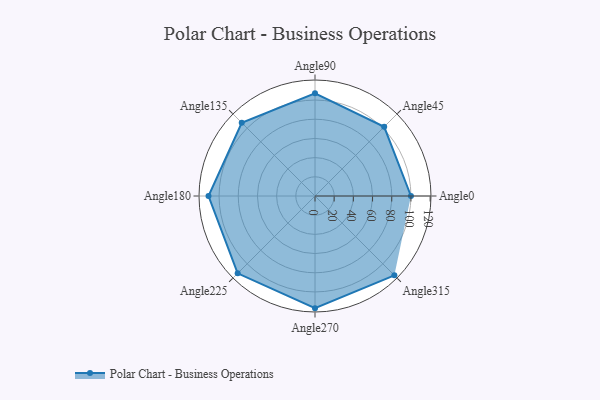
{"axis": {"x": "Angle", "y": "Radius"}, "legend": [""], "data": [{"x": "Angle0", "y": 100.0, "type": ""}, {"x": "Angle45", "y": 102.0, "type": ""}, {"x": "Angle90", "y": 107.0, "type": ""}, {"x": "Angle135", "y": 108.0, "type": ""}, {"x": "Angle180", "y": 111.0, "type": ""}, {"x": "Angle225", "y": 114.0, "type": ""}, {"x": "Angle270", "y": 117.0, "type": ""}, {"x": "Angle315", "y": 117.0, "type": ""}]}